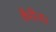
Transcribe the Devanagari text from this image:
कैरीना।